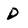
Character: D